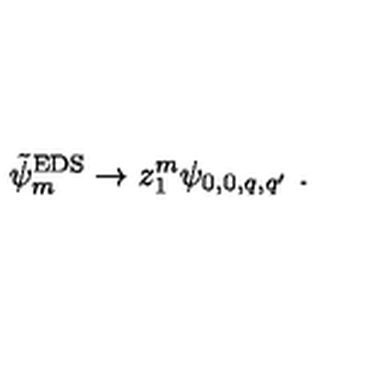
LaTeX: \tilde { \psi } _ { m } ^ { \mathrm { E D S } } \to z _ { 1 } ^ { m } \psi _ { 0 , 0 , q , q ^ { \prime } } \ .